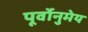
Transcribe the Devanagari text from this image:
पूर्वोनुमेय